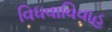
વિધવાવિવાહ